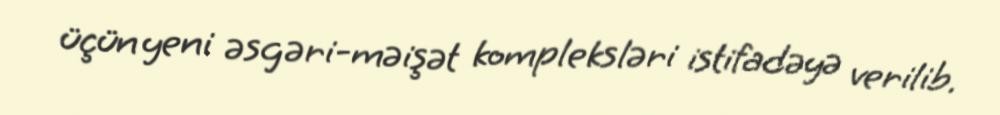
üçün yeni əsgəri-məişət kompleksləri istifadəyə verilib.